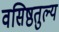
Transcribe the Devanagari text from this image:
वसिष्ठतुल्य